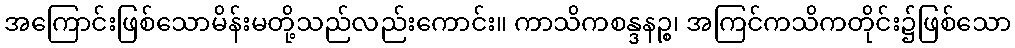
အကြောင်းဖြစ်သောမိန်းမတို့သည်လည်းကောင်း။ ကာသိကစန္ဒနဉ္စ၊ အကြင်ကသိကတိုင်း၌ဖြစ်သော